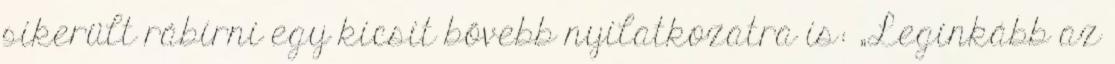
sikerült rábírni egy kicsit bővebb nyilatkozatra is: „Leginkább az